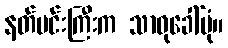
နတ်မင်းကြီးက သာဓုခေါ်ပုံ။